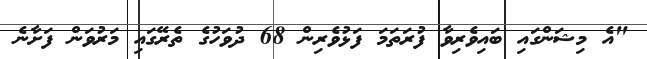
"އެ މިޝަންގައި ބައިވެރިވާ ފުރަތަމަ ފަޅުވެރިން 68 ދުވަހުގެ ތެރޭގައި މަރުވަން ފަށާނެ